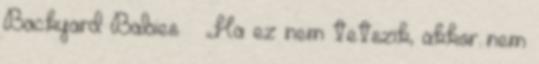
Backyard Babies – „Ha ez nem tetszik, akkor nem